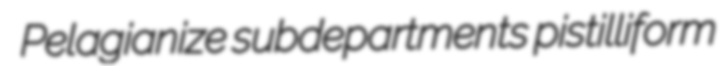
Pelagianize subdepartments pistilliform